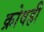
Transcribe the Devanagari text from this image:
क्रोवही